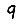
Digit: 9